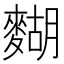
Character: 𪍒